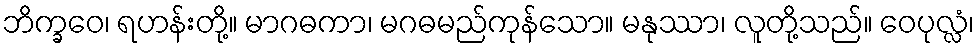
ဘိက္ခဝေ၊ ရဟန်းတို့။ မာဂဓကာ၊ မဂဓမည်ကုန်သော။ မနုဿာ၊ လူတို့သည်။ ဝေပုလ္လံ၊